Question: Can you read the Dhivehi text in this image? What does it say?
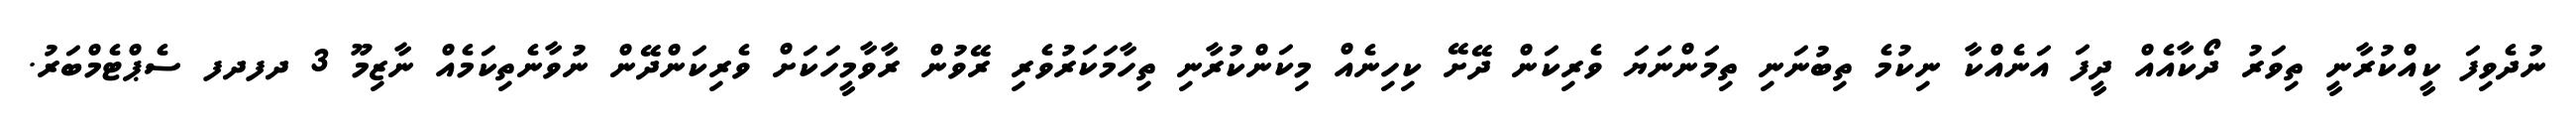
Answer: ނުދެވިފަ ކީއްކުރާނީ ތިވަރު ދޯކާއެއް ދީފަ އަނެއްކާ ނިކުމެ ތިބުނަނި ތިމަންނަޔަ ވެރިކަން ދޭށޭ ކިހިނެއް މިކަންކުރާނި ތިހާމަކަރުވެރި ރޭވުން ރާވާމީހަކަށް ވެރިކަންދޭން ނުވާނެތިކަމެއް ނާޒިމޫ 3 ދފދފ ސެޕްޓެމްބަރު.